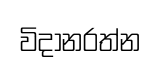
විදානරත්න